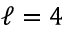
\ell = 4